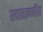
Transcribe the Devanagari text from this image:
स्वातत्र्यवीर